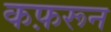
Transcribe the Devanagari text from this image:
कफ़रून